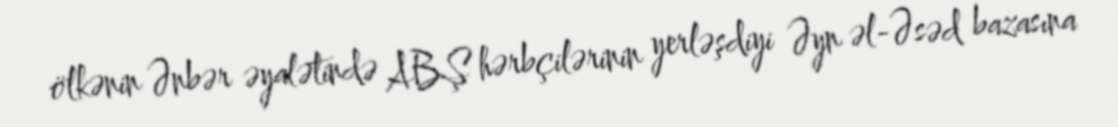
ölkənin Ənbər əyalətində ABŞ hərbçilərinin yerləşdiyi Əyn əl-Əsəd bazasına